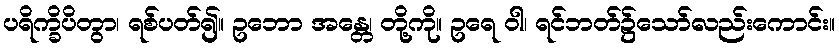
ပရိက္ခိပိတွာ၊ ရစ်ပတ်၍။ ဥဘော အန္တေ၊ တို့ကို။ ဥရေ ဝါ၊ ရင်ဘတ်၌သော်လည်းကောင်း။